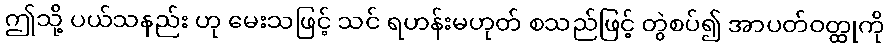
ဤသို့ ပယ်သနည်း ဟု မေးသဖြင့် သင် ရဟန်းမဟုတ် စသည်ဖြင့် တွဲစပ်၍ အာပတ်ဝတ္ထုကို